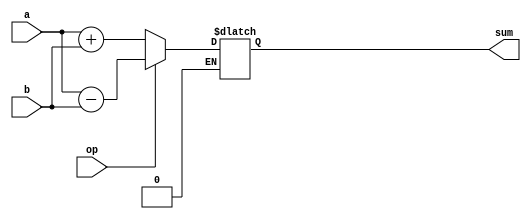
module big_alu (
	input [24:0] a, 
	input [24:0] b, input op , output reg [24:0] sum);

always @(*) begin
	if(op == 0)
		sum = a + b;
	else if(op == 1)
		sum = a - b;
end
endmodule